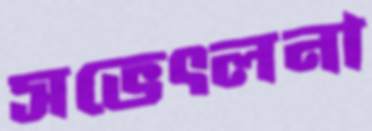
সভেৎলনা